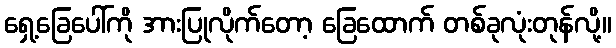
ရှေ့ခြေပေါ်ကို အားပြုလိုက်တော့ ခြေထောက် တစ်ခုလုံးတုန်လို့။